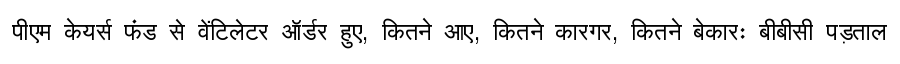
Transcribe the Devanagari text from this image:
पीएम केयर्स फंड से वेंटिलेटर ऑर्डर हुए, कितने आए, कितने कारगर, कितने बेकारः बीबीसी पड़ताल